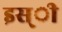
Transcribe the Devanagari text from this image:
इस्ी